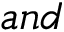
a n d